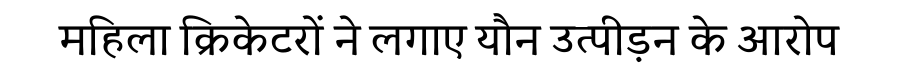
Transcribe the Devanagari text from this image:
महिला क्रिकेटरों ने लगाए यौन उत्पीड़न के आरोप